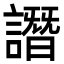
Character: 譖